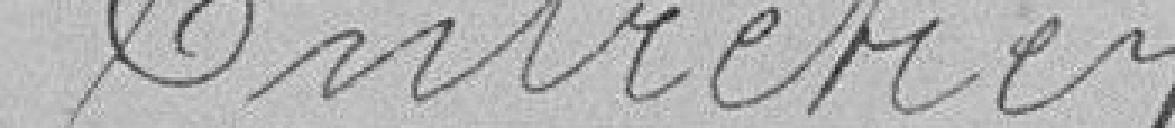
Entretien